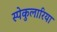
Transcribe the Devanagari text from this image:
स्पेकुलारिया